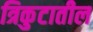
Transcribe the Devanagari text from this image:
त्रिकुटातील